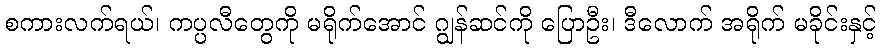
စကားလက်ရယ်၊ ကပ္ပလီတွေကို မရိုက်အောင် ဂျွန်ဆင်ကို ပြောဦး၊ ဒီလောက် အရိုက် မခိုင်းနှင့်